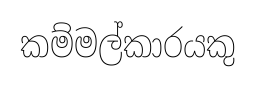
කම්මල්කාරයකු